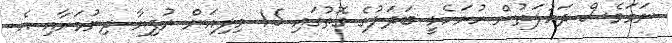
ނަމަވެސް ދައުލަތުން ހުށަހެޅީ ބަދަލުގެ ގޮތުގައި 15 މިލިއަން ރުފިޔާ ދިނުމަށާއި އެ